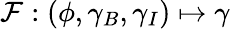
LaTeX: \mathcal{F}:\left(\phi,\gamma_{B},\gamma_{I}\right)\mapsto\gamma